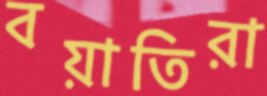
বয়াতিরা